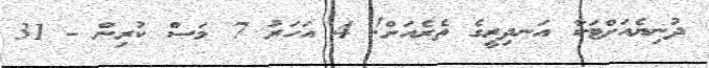
ދުނިޔެއަށްޓަކާ އަނދިރީގެ ތެރެއަށް! 4 އަހަރު 7 މަސް ކުރިން - 31